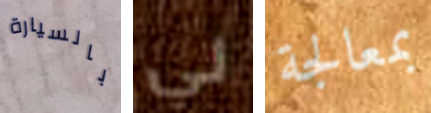
بالسيارة لي بمعالجة